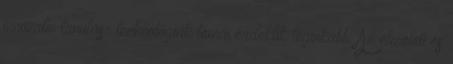
innovatív tanulás- technológiák témái érdeklik leginkább. Az elméleti és